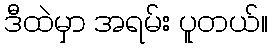
ဒီထဲမှာ အရမ်း ပူတယ်။